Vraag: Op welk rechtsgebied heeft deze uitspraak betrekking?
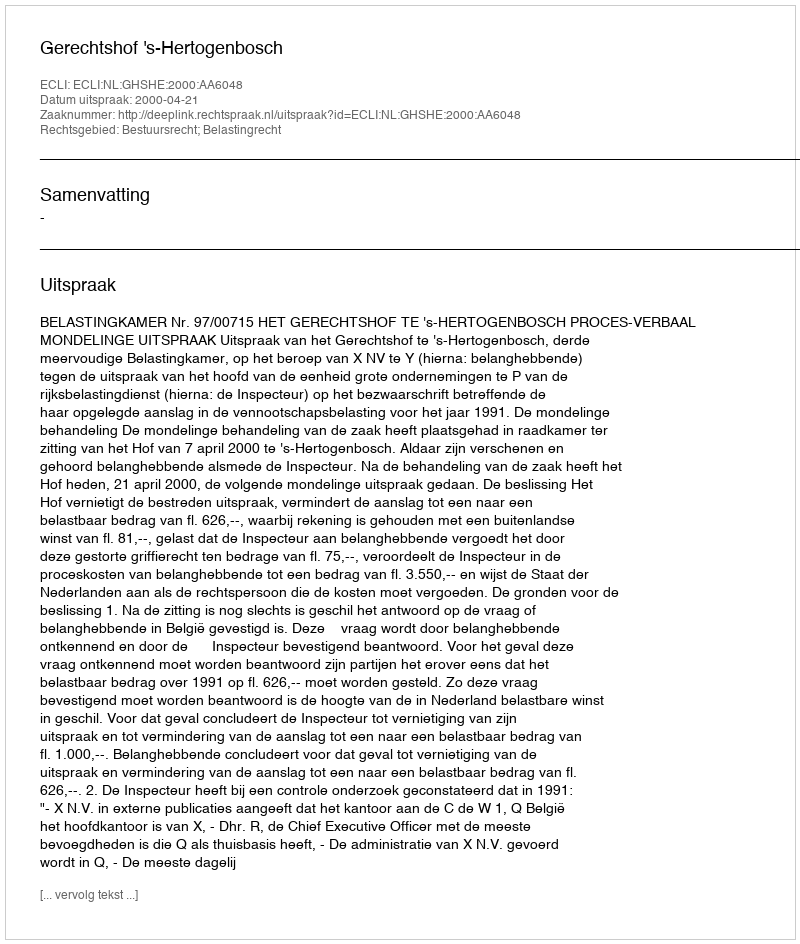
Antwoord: Bestuursrecht; Belastingrecht